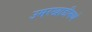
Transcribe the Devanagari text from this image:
उमरखाडीमध्ये